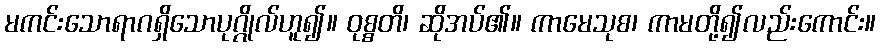
မကင်းသောရာဂရှိသောပုဂ္ဂိုလ်ဟူ၍။ ဝုစ္စတိ၊ ဆိုအပ်၏။ ကာမေသုစ၊ ကာမတို့၍လည်းကောင်း။